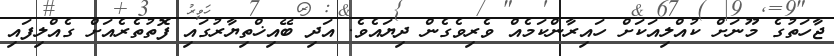
ޖާހަތުގެ މޫނަށް ކުއްލިއަކަށް ހައިރާންކަމެއް ވެރިވެގެން ދިޔައެވެ. އަދި ބޭއިޚްތިޔާރުގައި ފޮތުތެރެއަށް ގެއްލިފައި